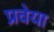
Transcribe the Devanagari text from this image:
प्रवेया